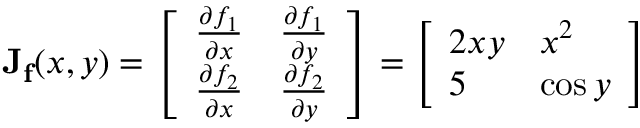
\mathbf { J } _ { \mathbf { f } } ( x , y ) = { \left[ \begin{array} { l l } { { \frac { \partial f _ { 1 } } { \partial x } } } & { { \frac { \partial f _ { 1 } } { \partial y } } } \\ { { \frac { \partial f _ { 2 } } { \partial x } } } & { { \frac { \partial f _ { 2 } } { \partial y } } } \end{array} \right] } = { \left[ \begin{array} { l l } { 2 x y } & { x ^ { 2 } } \\ { 5 } & { \cos y } \end{array} \right] }